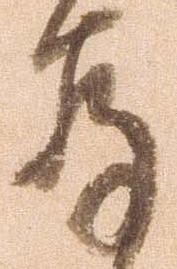
存